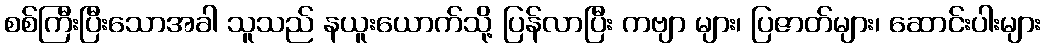
စစ်ကြီးပြီးသောအခါ သူသည် နယူးယောက်သို့ ပြန်လာပြီး ကဗျာ များ၊ ပြဇာတ်များ၊ ဆောင်းပါးများ